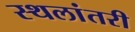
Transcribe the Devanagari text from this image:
स्थलांतरी